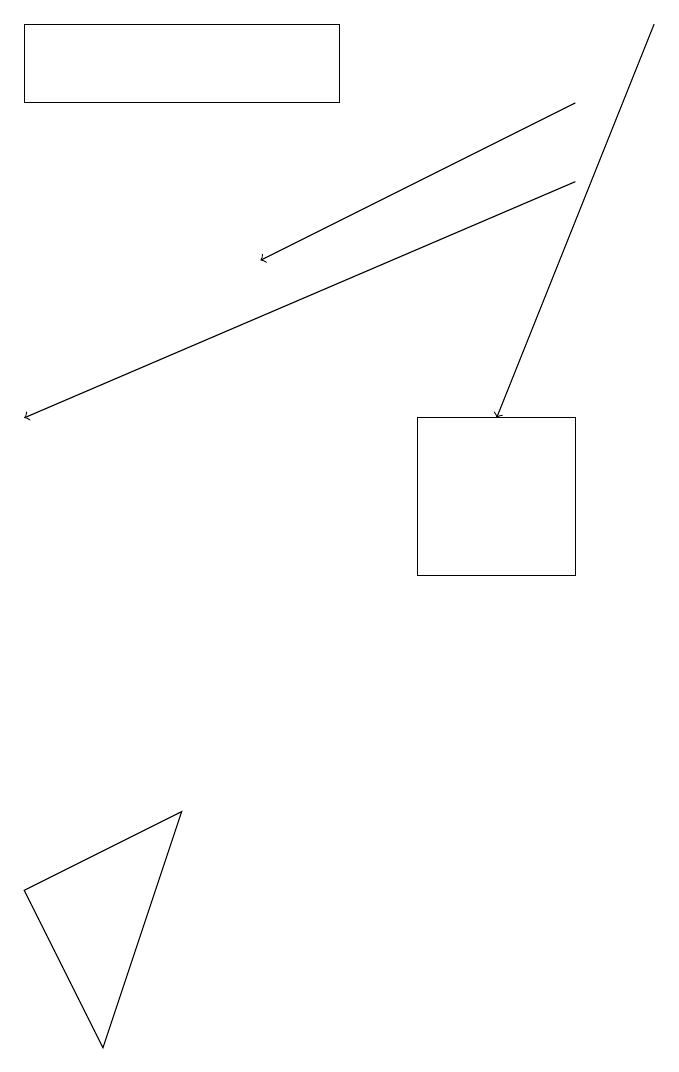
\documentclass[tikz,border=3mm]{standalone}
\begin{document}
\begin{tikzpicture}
\draw[->] (8,19) -- (6,14);
\draw[->] (7,17) -- (0,14);
\draw[->] (7,18) -- (3,16);
\draw (1,6) -- (0,8) -- (2,9) -- cycle;
\draw (0,18) rectangle (4,19);
\draw (7,12) rectangle (5,14);
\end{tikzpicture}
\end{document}